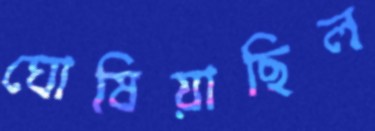
ঘোষিয়াছিল